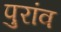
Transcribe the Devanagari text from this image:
पुरांव